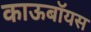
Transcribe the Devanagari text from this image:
काऊबॉयस